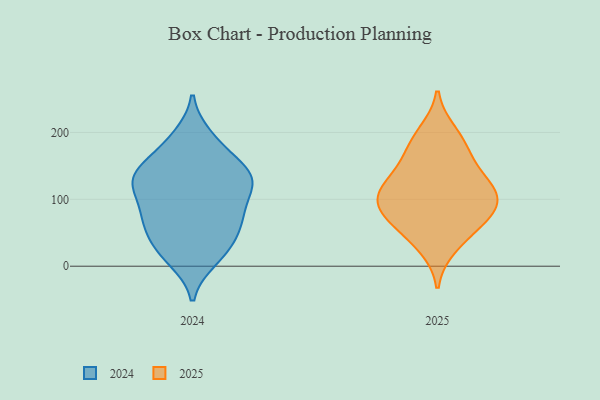
{"axis": {"x": "Budget (USD K)", "y": "Value"}, "legend": ["2024", "2025"], "data": [{"x": "", "y": 69, "type": "2024"}, {"x": "", "y": 153, "type": "2024"}, {"x": "", "y": 125, "type": "2024"}, {"x": "", "y": 73, "type": "2024"}, {"x": "", "y": 118, "type": "2024"}, {"x": "", "y": 193, "type": "2024"}, {"x": "", "y": 73, "type": "2024"}, {"x": "", "y": 11, "type": "2024"}, {"x": "", "y": 128, "type": "2024"}, {"x": "", "y": 141, "type": "2024"}, {"x": "", "y": 181, "type": "2024"}, {"x": "", "y": 131, "type": "2024"}, {"x": "", "y": 28, "type": "2024"}, {"x": "", "y": 83, "type": "2024"}, {"x": "", "y": 48, "type": "2024"}, {"x": "", "y": 21, "type": "2024"}, {"x": "", "y": 129, "type": "2024"}, {"x": "", "y": 183, "type": "2025"}, {"x": "", "y": 200, "type": "2025"}, {"x": "", "y": 76, "type": "2025"}, {"x": "", "y": 88, "type": "2025"}, {"x": "", "y": 142, "type": "2025"}, {"x": "", "y": 69, "type": "2025"}, {"x": "", "y": 104, "type": "2025"}, {"x": "", "y": 168, "type": "2025"}, {"x": "", "y": 125, "type": "2025"}, {"x": "", "y": 51, "type": "2025"}, {"x": "", "y": 92, "type": "2025"}, {"x": "", "y": 107, "type": "2025"}, {"x": "", "y": 29, "type": "2025"}, {"x": "", "y": 122, "type": "2025"}]}